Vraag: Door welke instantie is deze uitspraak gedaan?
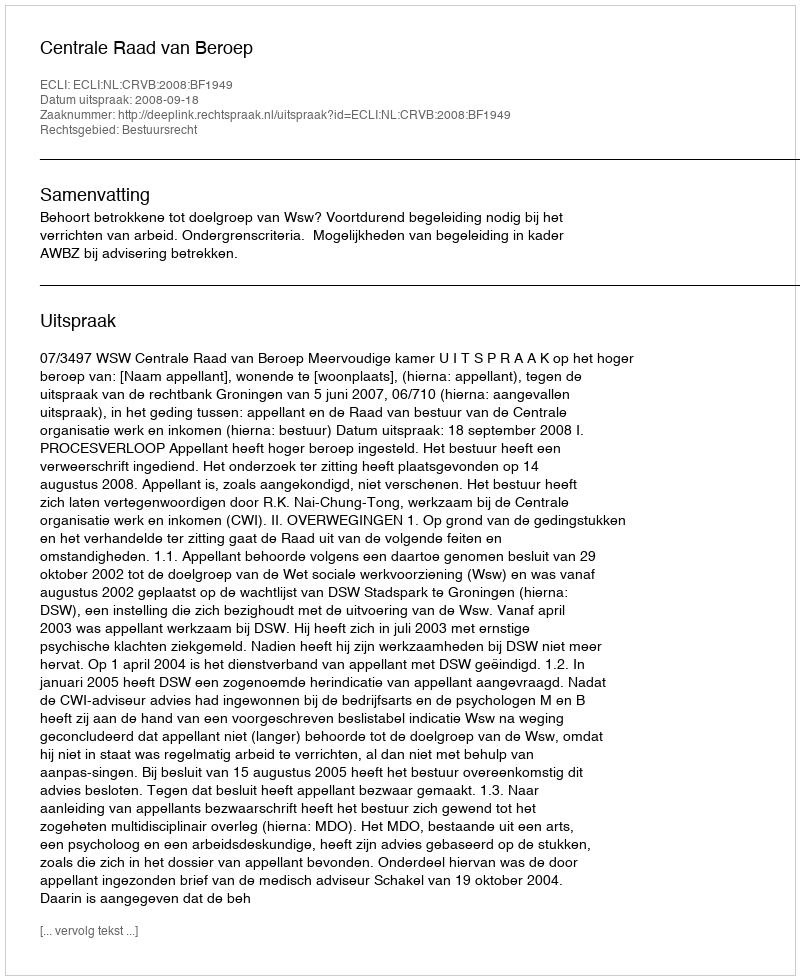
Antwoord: Centrale Raad van Beroep